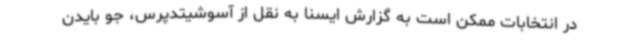
در انتخابات ممکن است به گزارش ایسنا به نقل از آسوشیتدپرس، جو بایدن